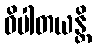
ဝိပါတယန္တိ